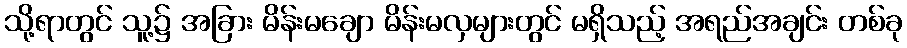
သို့ရာတွင် သူ့၌ အခြား မိန်းမချော မိန်းမလှများတွင် မရှိသည့် အရည်အချင်း တစ်ခု